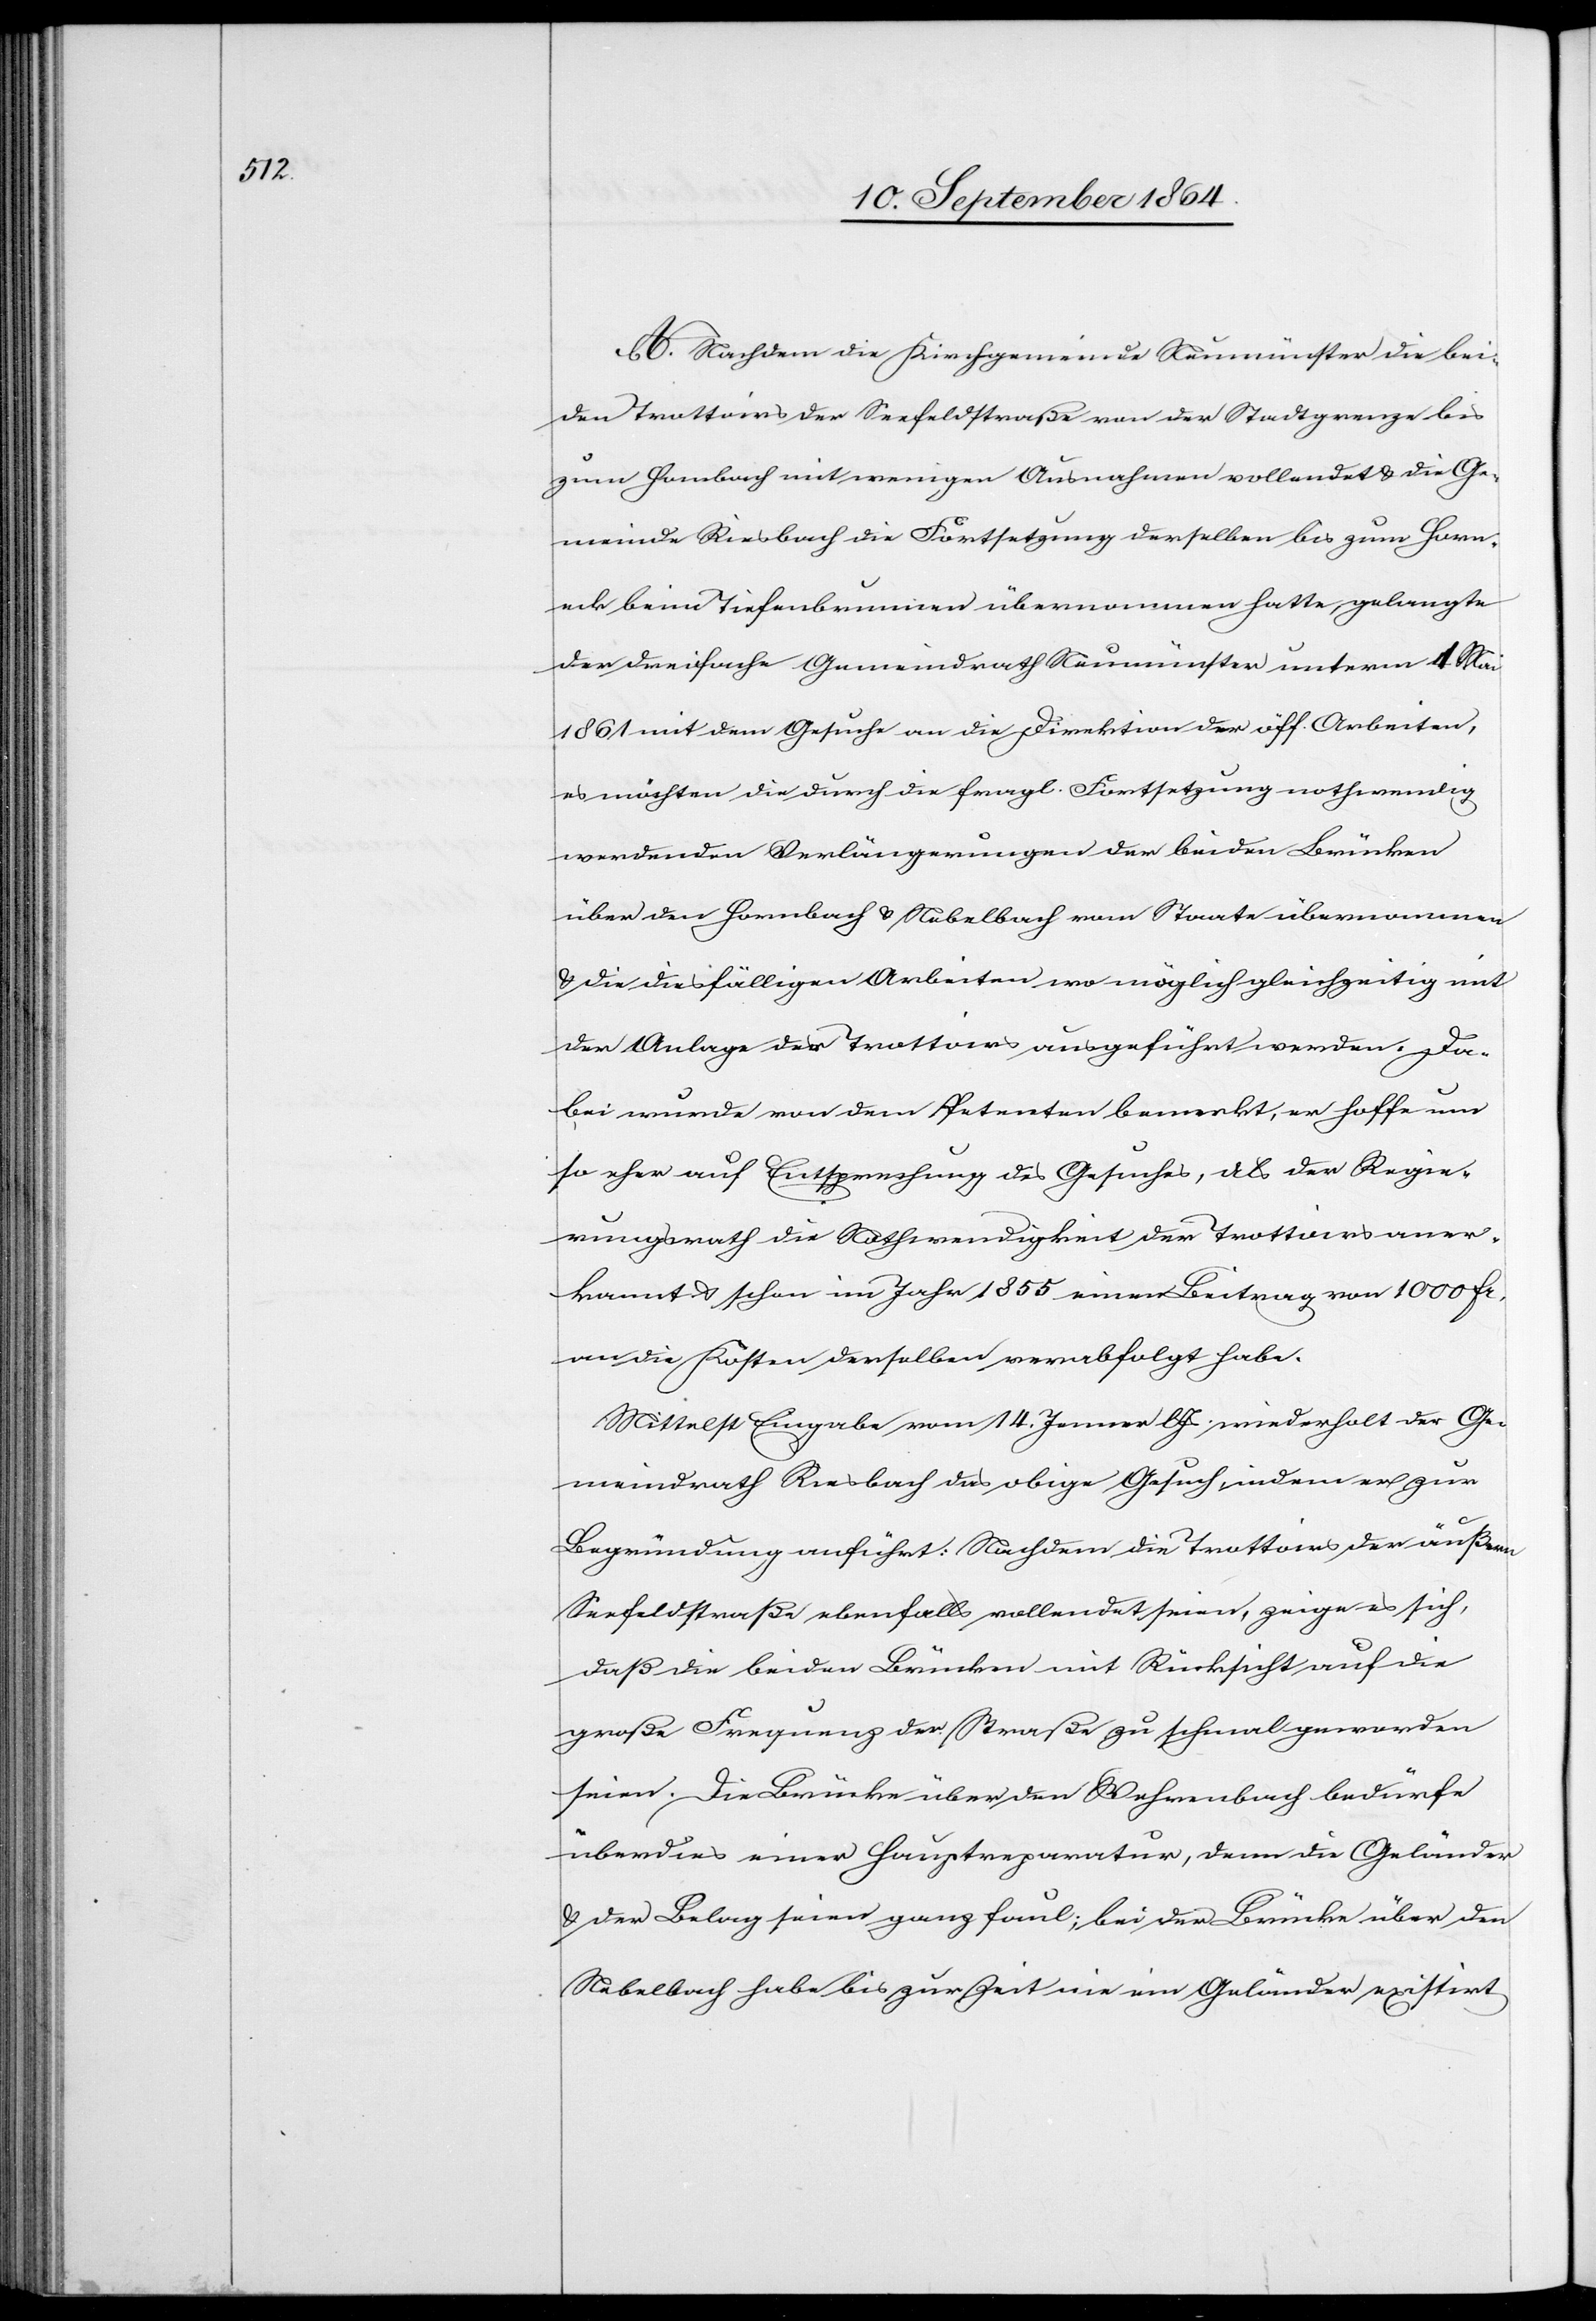
A. Nachdem die Kirchgemeinde Neumünster die bei¬
den Trottoirs der Seefeldstraße von der Stadtgrenze bis
zum Hor[n]bach mit wenigen Ausnahmen vollendet & die Ge¬
meinde Riesbach die Fortsetzung derselben bis zum Horn¬
eck beim Tiefenbrunnen übernommen hatte, gelangte
der dreifache Gemeindrath Neumünster unterm 1. Mai
1861 mit dem Gesuche an die Direktion der öff. Arbeiten,
es möchten die durch die fragl. Fortsetzung nothwendig
werdenden Verlängerungen der beiden Brücken
über den Hornbach & Nebelbach vom Staate übernommen
& die diesfälligen Arbeiten wo möglich gleichzeitig mit
der Anlage der Trottoirs ausgeführt werden. Da¬
bei wurde von dem Petenten bemerkt, er hoffe um
so eher auf Entsprechung des Gesuches, als der Regie¬
rungsrath die Nothwendigkeit der Trottoirs aner¬
kannt & schon im Jahr 1855 einen Beitrag von 1 000 Fr.
an die Kosten derselben verabfolgt habe.
Mittelst Eingabe vom 14. Jenner l. Js. wiederholt der Ge¬
meindrath Riesbach das obige Gesuch indem er zur
Begründung anführt: Nachdem die Trottoirs der äußern
Seefeldstraße ebenfalls vollendet seien, zeige es sich,
daß die beiden Brücken mit Rücksicht auf die
große Frequenz der Straße zu schmal geworden
seien. Die Brücke über den Wehrenbach bedürfe
überdies einer Hauptreparatur, denn die Geländer
& der Belag seien ganz faul; bei der Brücke über den
Nebelbach habe bis zur Zeit nie ein Geländer existirt